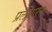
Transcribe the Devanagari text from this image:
प्रलक्षारस